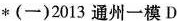
*(一)2013 通州一模D